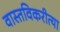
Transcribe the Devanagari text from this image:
वास्तविकरीत्या